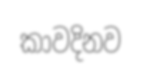
කාවදිනව